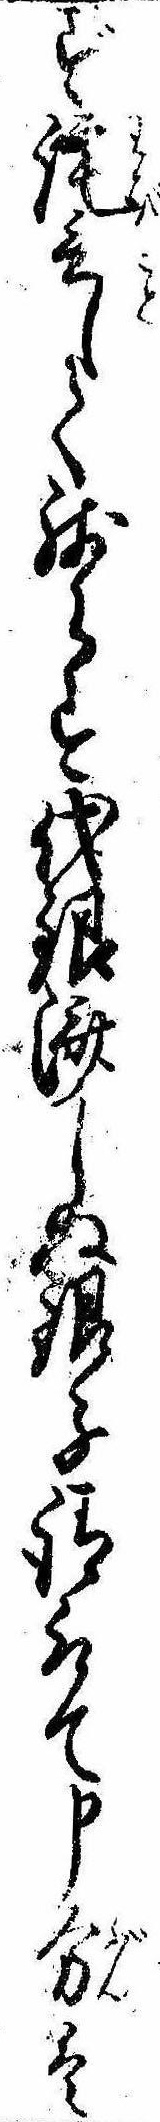
ず詫言して残らす代銀済しぬ銀子請取て申分は